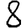
Digit: 8